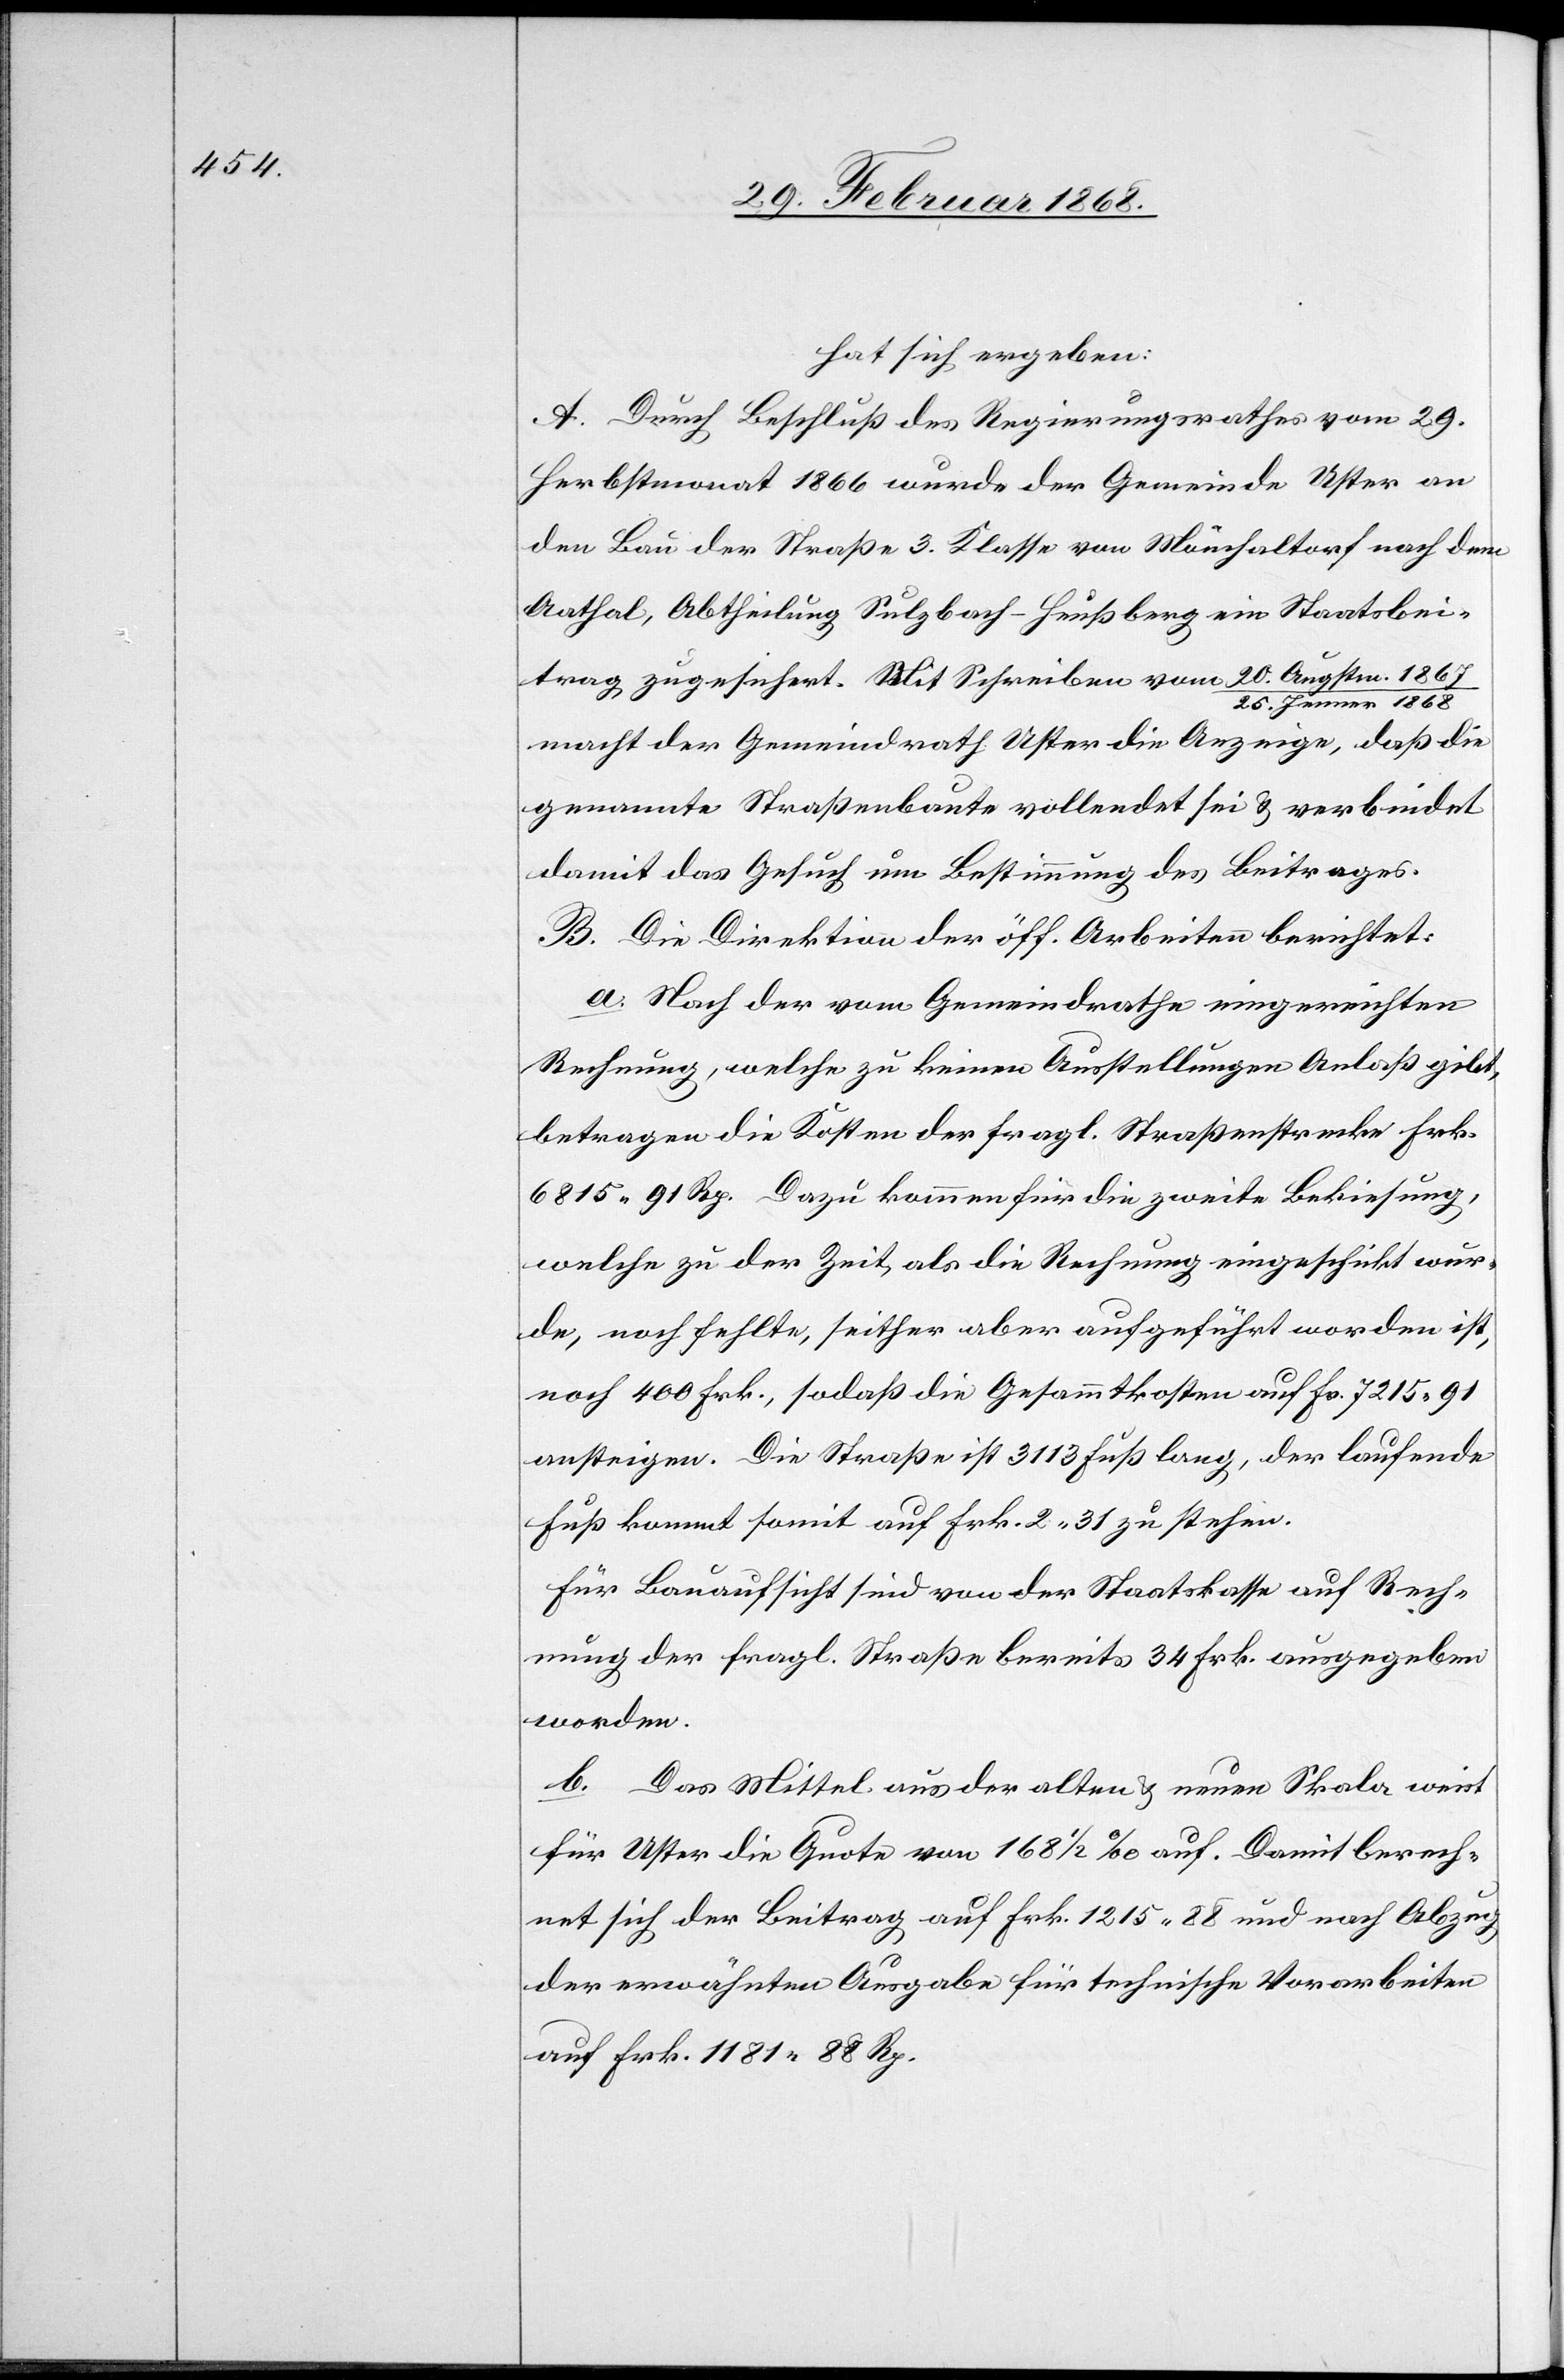
hat sich ergeben:
A. Durch Beschluß des Regierungsrathes vom 29.
Herbstmonat 1866 wurde der Gemeinde Uster an
den Bau der Straße 3. Klasse von Mönchaltorf nach dem
Aathal, Abtheilung Sulzbach-Heußberg ein Staatsbei¬
trag zugesichert. Mit Schreiben vom 20. Augstm. 1867
enner 1868
25. J¬
macht der Gemeindrath Uster die Anzeige, daß die
genannte Straßenbaute vollendet sei & verbindet
damit das Gesuch um Bestimmung des Beitrages.
B. Die Direktion der öff. Arbeiten berichtet:
a. Nach der vom Gemeindrathe eingereichten
Rechnung, welche zu keinen Ausstellungen Anlaß gibt,
betragen die Kosten der fragl. Straßenstrecke Frk.
6815. 91 Rp. Dazu kommen für die zweite Bekiesung,
welche zu der Zeit, als die Rechnung eingeschickt wur¬
de, noch fehlte, seither aber aufgeführt worden ist,
noch 400 Frk., sodaß die Gesammtkosten auf Fr. 7215. 91
ansteigen. Die Straße ist 3113 Fuß lang, der laufende
Fuß kommt somit auf Frk. 2. 31 zu stehen.
Für Bauaufsicht sind von der Staatskasse auf Rech¬
nung der fragl. Straße bereits 34 Frk. ausgegeben
worden.
b. Das Mittel aus der alten & neuen Skala weist
für Uster die Quote von 168 1/2 % auf. Damit berech¬
net sich der Beitrag auf Frk. 1215. 88 und nach Abzug
der erwähnten Ausgabe für technische Vorarbeiten
auf Frk. 1181. 88 Rp.